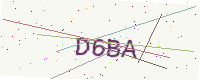
Text: D6BA